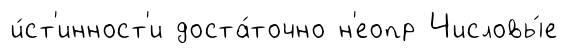
и́ст'инност'и доста́точно н'еопр Числовы́е